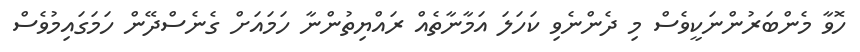
ހޮވާ މެންބަރުންނަކީވެސް މި ދެންނެވި ކަހަލަ އަމާނާތެއް ރައްޔިތުންނާ ހަމައަށް ގެނެސްދޭން ހަމަގައިމުވެސް